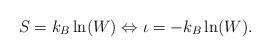
LaTeX: \begin{align*}S = k_B \ln (W) \Leftrightarrow \iota = -k_B \ln (W).\end{align*}